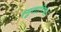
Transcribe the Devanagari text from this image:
स्मुतानिच।।